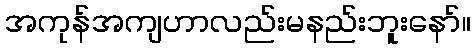
အကုန်အကျဟာလည်းမနည်းဘူးနော်။